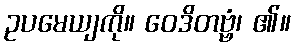
ဥပမေယျကို။ ဝေဒိတဗ္ဗံ၊ ၏။